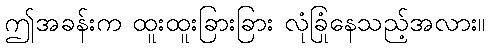
ဤအခန်းက ထူးထူးခြားခြား လုံခြုံနေသည့်အလား။